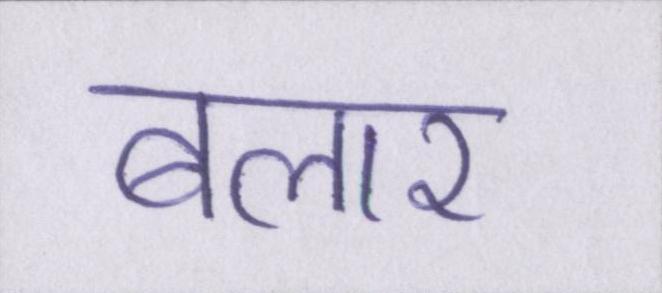
बलार